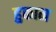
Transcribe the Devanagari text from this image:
हुकाम